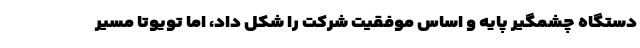
دستگاه چشمگیر پایه و اساس موفقیت شرکت را شکل داد، اما تویوتا مسیر